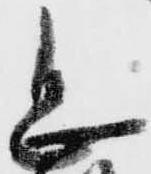
忠